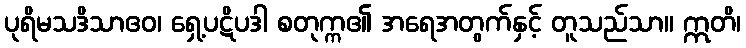
ပုရိမသဒိသာဧဝ၊ ရှေ့ပဋိပဒါ စတုက္က၏ အရေအတွက်နှင့် တူသည်သာ။ ဣတိ၊